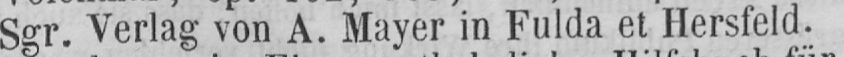
Sgr. Verlag von A. Mayer in Fulda et Hersfeld.